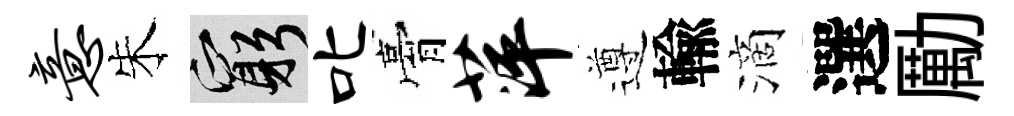
意朱窮叱膏萍遵輸滴選勵